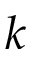
k